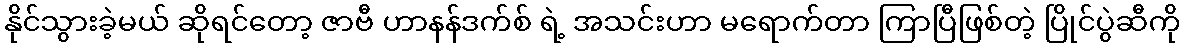
နိုင်သွားခဲ့မယ် ဆိုရင်တော့ ဇာဗီ ဟာနန်ဒက်စ် ရဲ့ အသင်းဟာ မရောက်တာ ကြာပြီဖြစ်တဲ့ ပြိုင်ပွဲဆီကို